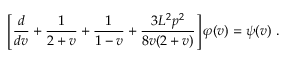
\left[ \frac { d } { d v } + \frac 1 { 2 + v } + \frac 1 { 1 - v } + \frac { 3 L ^ { 2 } p ^ { 2 } } { 8 v ( 2 + v ) } \right] \varphi ( v ) = \psi ( v ) ~ .